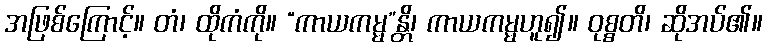
အဖြစ်ကြောင့်။ တံ၊ ထိုကံကို။ “ကာယကမ္မ”န္တိ၊ ကာယကမ္မဟူ၍။ ဝုစ္စတိ၊ ဆိုအပ်၏။